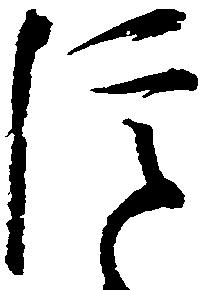
信